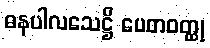
ဓနပါလသေဋ္ဌိ ပေတဝတ္ထု